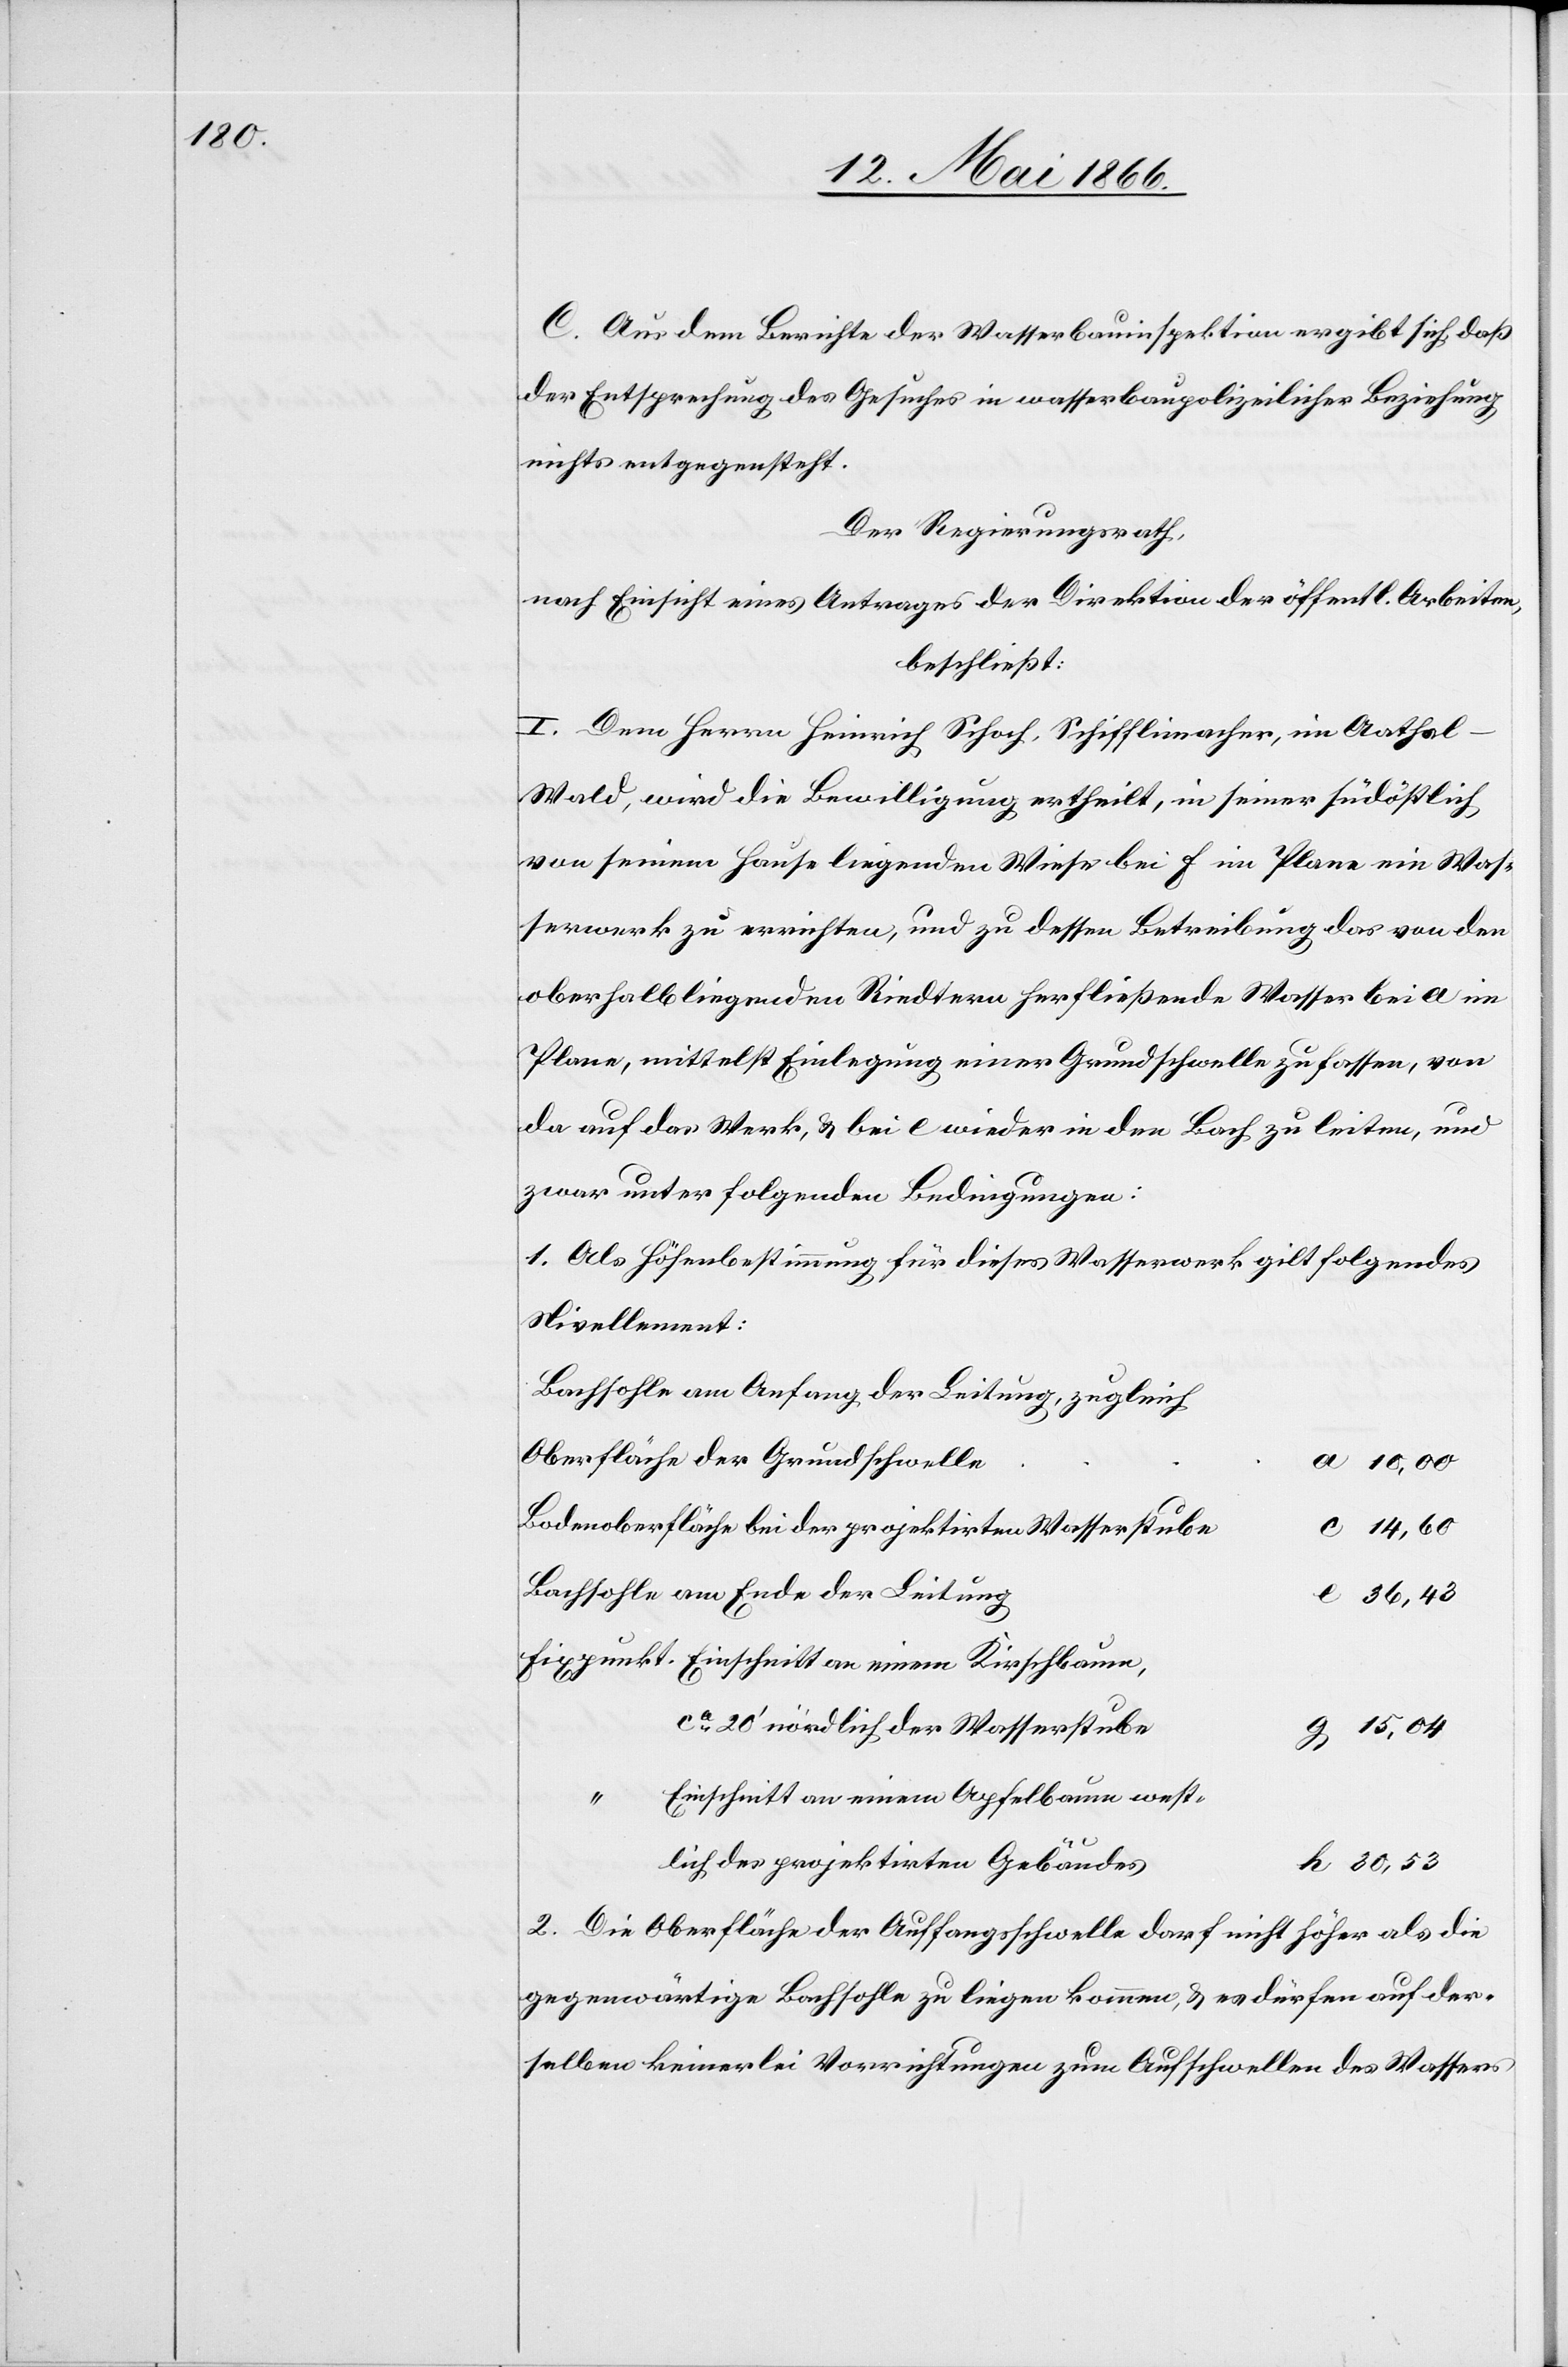
C. Aus dem Berichte der Wasserbauinspektion ergibt sich, daß
der Entsprechung des Gesuches in wasserbaupolizeilicher Beziehung
nichts entgegensteht.
Der Regierungsrath,
nach Einsicht eines Antrages der Direktion der öffentl. Arbeiten,
beschließt:
I. Dem Herrn Heinrich Schoch, Schifflimacher, im Aathal-W¬
ald, wird die Bewilligung ertheilt, in seiner südöstlich
von seinem Hause liegenden Wiese bei f im Plane ein Was¬
serwerk zu errichten, und zu dessen Betreibung das von den
oberhalb liegenden Riedtern herfließende Wasser bei a im
Plane, mittelst Einlegung einer Grundschwelle zu fassen, von
da auf das Werk, u. bei e wieder in den Bach zu leiten, und
zwar unter folgenden Bedingungen:
1. Als Höhenbestimmung für dieses Wasserwerk gilt folgendes
Nivellement:
Bachsohle am Anfang der Leitung, zugleich
Oberfläche der Grundschwelle
Bodenoberfläche bei der projektirten Wasserstube
Bachsohle am Ende der Leitung
36.43
Fixpunkt. Einschnitt an einem Kirschbaum,
ca. 20‘ nördlich der Wasserstube
15.04
Einschnitt an einem Apfelbaume west¬
lich des projektirten Gebäudes
2. Die Oberfläche der Auffangsschwelle darf nicht höher als die
gegenwärtige Bachsohle zu liegen kommen, u. es dürfen auf der¬
selben keinerlei Vorrichtungen zum Aufschwellen des Wassers